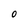
Character: 0